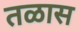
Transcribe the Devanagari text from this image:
तळास